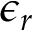
\epsilon _ { r }